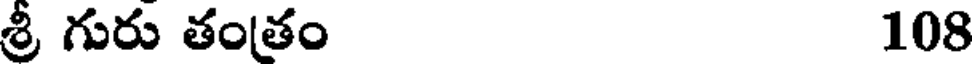
శ్రీ గురు తంతం 108